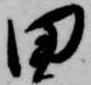
田